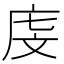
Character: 𪪐